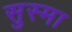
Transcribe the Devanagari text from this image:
सुस्मा